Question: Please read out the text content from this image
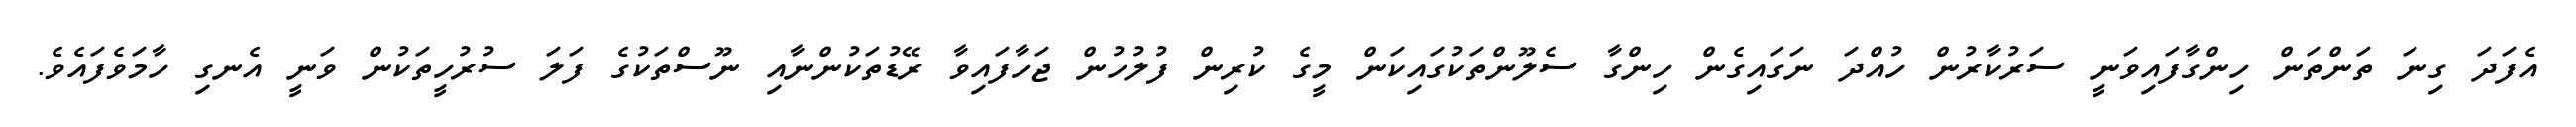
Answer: އެފަދަ ގިނަ ތަންތަން ހިންގާފައިވަނީ ސަރުކާރުން ހުއްދަ ނަގައިގެން ހިންގާ ސެލޫންތަކުގައިކަން މީގެ ކުރިން ފުލުހުން ޖަހާފައިވާ ރޭޑުތަކުންނާއި ނޫސްތަކުގެ ފަލަ ސުރުހީތަކުން ވަނީ އެނގި ހާމަވެފައެވެ.